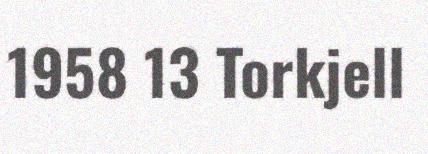
1958 13 Torkjell